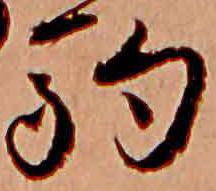
駒